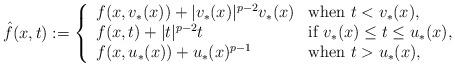
LaTeX: \begin{align*}\hat f(x,t):=\left\{\begin{array}{ll}f(x,v_*(x))+|v_*(x)|^{p-2}v_*(x) & \mbox{when $t<v_*(x)$,}\\f(x,t)+|t|^{p-2}t & \mbox{if $v_*(x)\leq t\leq u_*(x)$,}\\f(x,u_*(x))+u_*(x)^{p-1} & \mbox{when $t>u_*(x)$,}\\\end{array}\right.\end{align*}